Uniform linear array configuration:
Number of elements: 64
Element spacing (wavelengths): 0.75
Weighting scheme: hamming
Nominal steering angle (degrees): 0
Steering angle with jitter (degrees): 0.4323
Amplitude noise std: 0.05
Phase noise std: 0.05

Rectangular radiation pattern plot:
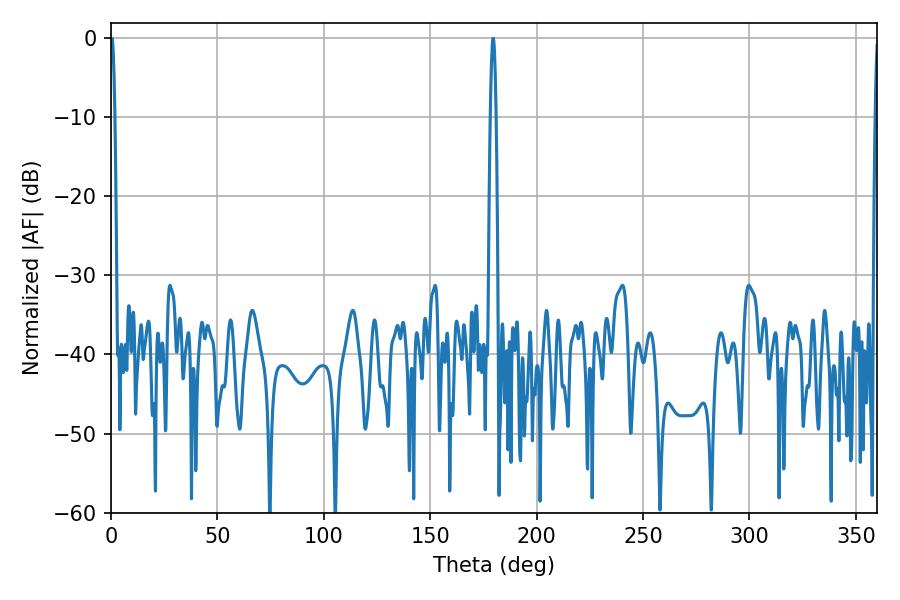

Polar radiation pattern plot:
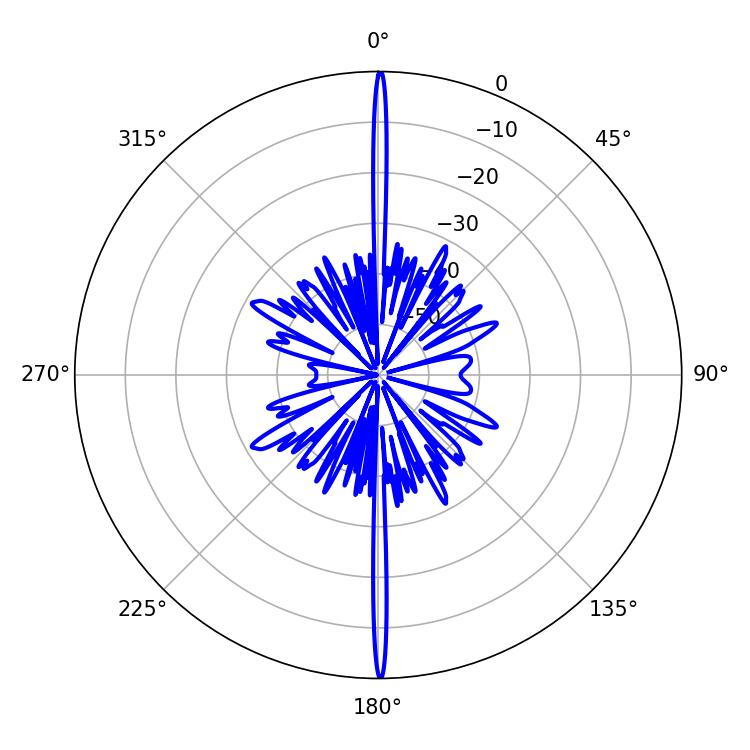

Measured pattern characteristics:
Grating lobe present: TRUE
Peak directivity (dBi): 36.869
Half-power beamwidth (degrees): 1.08
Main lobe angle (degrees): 0.36